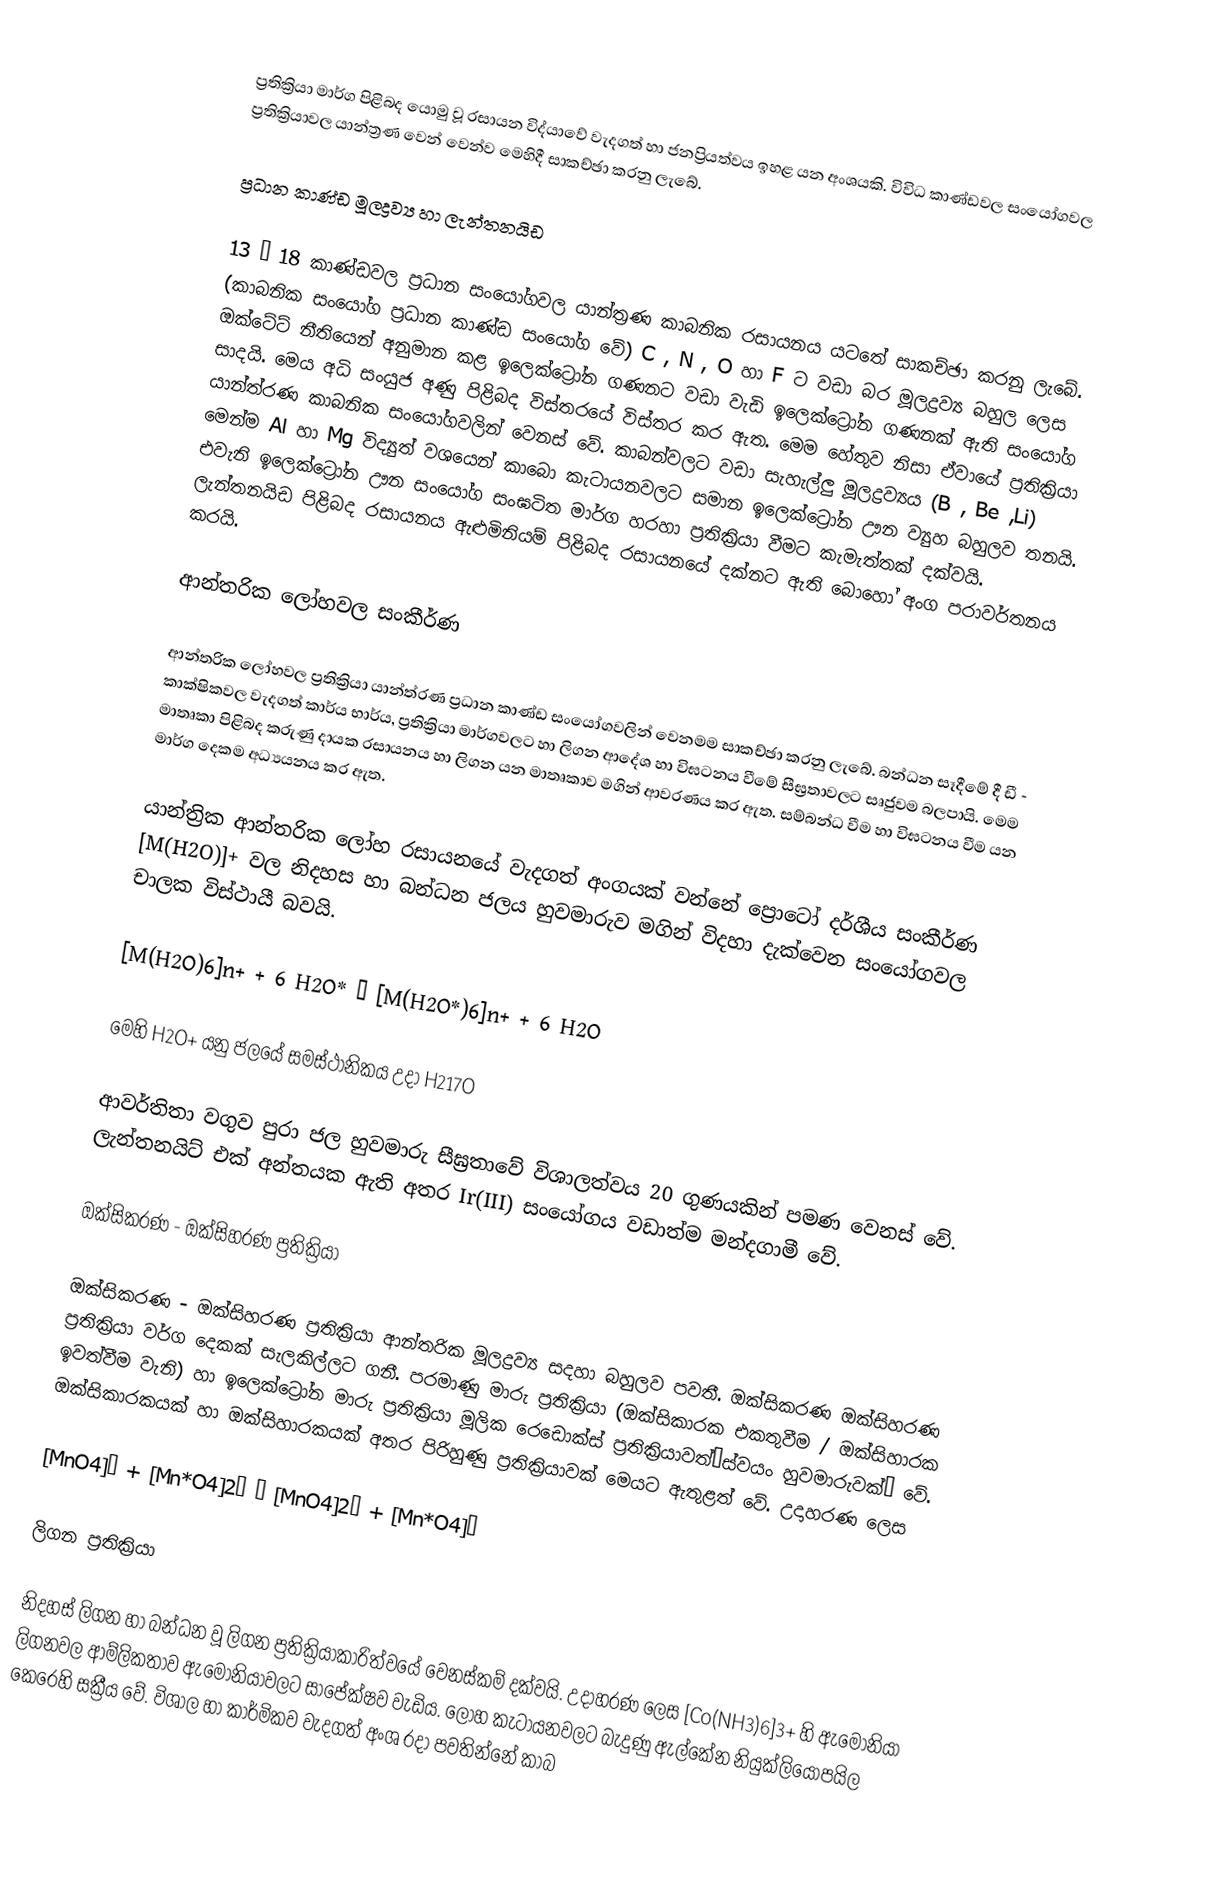
ප්‍රතික්‍රියා මාර්ග පිළිබද යොමු වූ රසායන විද්යාවේ වැදගත් හා ජනප්‍රියත්වය ඉහළ යන අංශයකි. විවිධ කාණ්ඩවල සංයෝගවල ප්‍රතික්‍රියාවල යාන්ත්‍රණ වෙන් වෙන්ව මෙහිදී සාකච්ඡා කරනු ලැබේ.

ප්‍රධාන කාණ්ඩ මූලද්‍රව්‍ය හා ලැන්තනයිඩ

13 – 18 කාණ්ඩවල ප්‍රධාන සංයෝගවල යාන්ත්‍රණ කාබනික රසායනය යටතේ සාකච්ඡා කරනු ලැබේ. (කාබනික සංයෝග ප්‍රධාන කාණ්ඩ සංයෝග වේ) C , N , O හා F  ට වඩා බර මූලද්‍රව්‍ය බහුල ලෙස ඔක්ටේට්  නීතියෙන් අනුමාන කළ ඉලෙක්ට්‍රෝන ගණනට වඩා වැඩි ඉලෙක්ට්‍රෝන ගණනක් ඇති සංයෝග සාදයි. මෙය අධි සංයුජ අණු පිළිබද විස්තරයේ විස්තර කර ඇත. මෙම හේතුව නිසා ඒවායේ ප්‍රතික්‍රියා යාන්ත්රණ කාබනික සංයෝගවලින් වෙනස් වේ. කාබන්වලට වඩා සැහැල්ලු මූලද්‍රව්‍යය (B , Be ,Li)  මෙන්ම Al හා Mg විද්‍යුත් ව‍ශයෙන් කාබො කැටායනවලට සමාන ඉලෙක්ට්‍රෝන ඌන ව්‍යුහ බහුලව තනයි. එවැනි ඉලෙක්ට්‍රෝන ඌන සංයෝග සංඝටිත මාර්ග හරහා ප්‍රතික්‍රියා වීමට කැමැත්තක්  දක්වයි. ලැන්තනයිඩ පිළිබද රසායනය ඇළුමිනියම් පිළිබද රසායනයේ දක්නට ඇති බොහෝ අංග පරාවර්තනය කරයි.

ආන්තරික ලෝහවල සංකීර්ණ

ආන්තරික ලෝහවල ප්‍රතික්‍රියා යාන්ත්රණ ප්‍රධාන කාණ්ඩ සංයෝගවලින් වෙනමම සාකච්ඡා කරනු ලැබේ. බන්ධන සෑදීමේ දී ඩී - කාක්ෂිකවල වැදගත් කාර්ය භාර්ය, ප්‍රතික්‍රියා මාර්ගවලට හා ලිගන ආදේශ හා විඝටනය වීමේ සීඝ්‍රතාවලට සෘජුවම බලපායි. මෙම මාතෘකා පිළිබද කරුණු දායක රසායනය හා ලිගන යන මාතෘකාව මගින් ආවරණය කර ඇත. සම්බන්ධ වීම හා විඝටනය වීම යන මාර්ග දෙකම අධ්‍යයනය කර ඇත.

යාන්ත්‍රික ආන්තරික ලෝහ රසායනයේ වැදගත් අංගයක් වන්නේ ප්‍රොටෝ දර්ශීය සංකීර්ණ  [M(H2O)]+  වල  නිදහස හා බන්ධන ජලය හුවමාරුව  මගින් විදහා දැක්වෙන සංයෝගවල චාලක විස්ථායී බවයි.

[M(H2O)6]n+ + 6 H2O* → [M(H2O*)6]n+ + 6 H2O

මෙහි H2O+  යනු ජලයේ සමස්ථානිකය උදා H217O

ආවර්තිතා වගුව පුරා ජල හුවමාරු  සීඝ්‍රතාවේ විශාලත්වය 20 ගුණයකින් පමණ වෙනස් වේ. ලැන්තනයිට් එක් අන්තයක ඇති අතර Ir(III)  සංයෝගය වඩාත්ම මන්දගාමී වේ.

ඔක්සිකරණ - ඔක්සිහරණ ප්‍රතික්‍රියා

ඔක්සිකරණ - ඔක්සිහරණ ප්‍රතික්‍රියා ආන්තරික මූලද්‍රව්‍ය සදහා බහුලව පවතී. ඔක්සිකරණ  ඔක්සිහරණ ප්‍රතික්‍රියා වර්ග දෙකක් සැලකිල්ලට ගනී. පරමාණු මාරු ප්‍රතික්‍රියා (ඔක්සිකාරක එකතුවීම / ඔක්සිහාරක ඉවත්වීම වැනි) හා ඉලෙක්ට්‍රෝන මාරු ප්‍රතික්‍රියා මූලික රෙඩොක්ස් ප්‍රතික්‍රියාවත්‘ස්වයං හුවමාරුවක්’ වේ. ඔක්සිකාරකයක් හා ඔක්සිහාරකයක් අතර පිරිහුණු ප්‍රතික්‍රියාවක් මෙයට ඇතුළත් වේ. උදාහරණ ලෙස

[MnO4]− + [Mn*O4]2− → [MnO4]2− + [Mn*O4]−

ලිගන ප්‍රතික්‍රියා

නිදහස් ලිගන හා බන්ධන වූ ලිගන ප්‍රතික්‍රියාකාරිත්වයේ වෙනස්කම් දක්වයි. උදාහරණ ලෙස [Co(NH3)6]3+  හි ඇමෝනියා ලිගනවල ආම්ලිකතාව ඇමෝනියාවලට සාපේක්ෂව වැඩිය. ලෝහ කැටායනවලට බැදුණු ඇල්කේන නියුක්ලියොපයිල කෙරෙහි සක්‍රීය වේ. විශාල හා කාර්මිකව වැදගත් අංශ ‍රදා පවතින්නේ කාබ